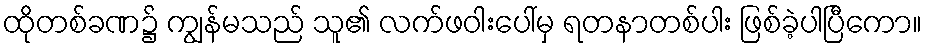
ထိုတစ်ခဏ၌ ကျွန်မသည် သူ၏ လက်ဖဝါးပေါ်မှ ရတနာတစ်ပါး ဖြစ်ခဲ့ပါပြီကော။